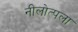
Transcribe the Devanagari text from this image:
नीलोत्पला